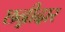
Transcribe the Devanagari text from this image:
छन्नीदार